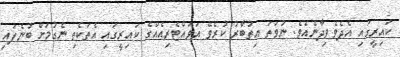
ކައިރީގައި އެދެވެވިދާނެއެވެ. ނުވަތަ އިތުބާރު ކުރެވޭ އަވައްޓެރިއެއްގެ ކައިރީގައި އެތަކެތި ނެގުމަށް ބުނެފައި